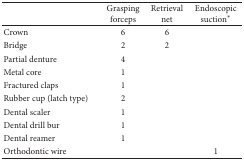
<table><thead><tr><td><b> </b></td><td><b>Grasping forceps</b></td><td><b>Retrieval net</b></td><td><b>Endoscopic suction<sup><i>∗</i></sup></b></td></tr></thead><tbody><tr><td>Crown</td><td>6</td><td>6</td><td> </td></tr><tr><td>Bridge</td><td>2</td><td>2</td><td> </td></tr><tr><td>Partial denture</td><td>4</td><td> </td><td> </td></tr><tr><td>Metal core</td><td>1</td><td> </td><td> </td></tr><tr><td>Fractured claps</td><td>1</td><td> </td><td> </td></tr><tr><td>Rubber cup (latch type)</td><td>2</td><td> </td><td> </td></tr><tr><td>Dental scaler</td><td>1</td><td> </td><td> </td></tr><tr><td>Dental drill bur</td><td>1</td><td> </td><td> </td></tr><tr><td>Dental reamer</td><td>1</td><td> </td><td> </td></tr><tr><td>Orthodontic wire</td><td> </td><td> </td><td>1</td></tr></tbody></table>